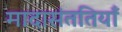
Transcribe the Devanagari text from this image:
मादासंततियाँ